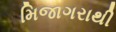
મિજાગરાથી